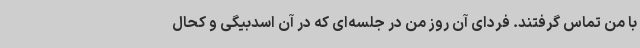
با من تماس گرفتند. فردای آن روز من در جلسه‌ای که در آن اسدبیگی و کحال